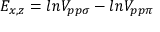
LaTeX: E _ { x , z } = l n V _ { p p \sigma } - l n V _ { p p \pi }